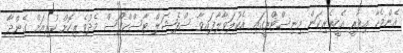
އެންމެހާ އިދާރީ އެހީތެރިކަން މިނިސްޓްރީގައި އެކުލަވާލާފައިވާ ސްޕެޝަލް ޓާސްކްފޯސް މެދުވެރިކޮށް ކުރިއަށް ގެންދާ